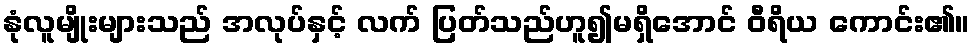
နုံလူမျိုးများသည် အလုပ်နှင့် လက် ပြတ်သည်ဟူ၍မရှိအောင် ဝီရိယ ကောင်း၏။